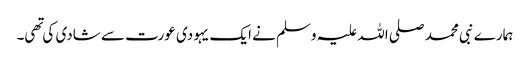
ہمارے نبی محمد صلی اللہ علیہ وسلم نے ایک یہودی عورت سے شادی کی تهی۔